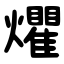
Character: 爠